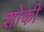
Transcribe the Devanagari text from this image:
शोकी